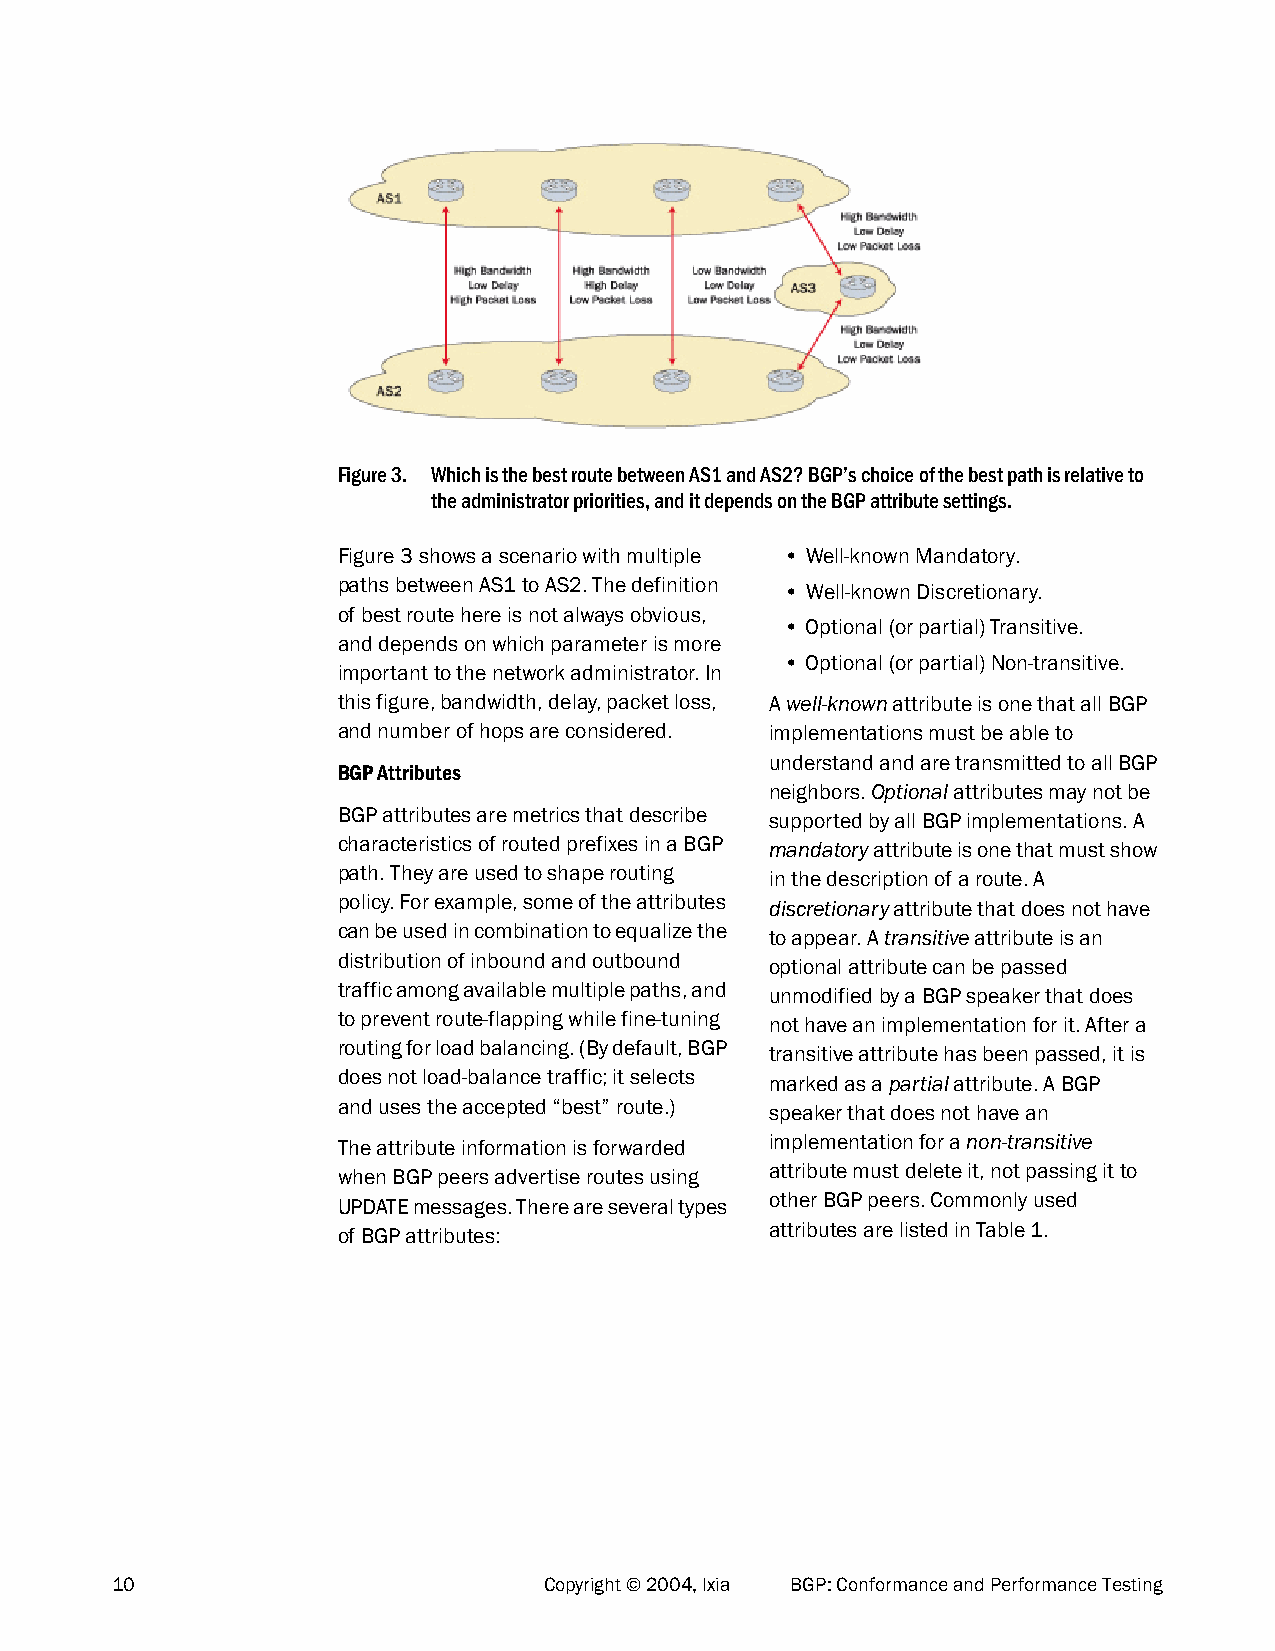
Figure 3. Which is the best route between AS1 and AS2? BGP’s choice of the best path is relative to
 the administrator priorities, and it depends on the BGP attribute settings.
 Figure 3 shows a scenario with multiple • Well-known Mandatory.
 paths between AS1 to AS2. The definition • Well-known Discretionary.
 of best route here is not always obvious,
 • Optional (or partial) Transitive.
 and depends on which parameter is more
 • Optional (or partial) Non-transitive.
 important to the network administrator. In
 this figure, bandwidth, delay, packet loss, A well-known attribute is one that all BGP
 and number of hops are considered. implementations must be able to
 understand and are transmitted to all BGP
 BGP Attributes
 neighbors. Optional attributes may not be
 BGP attributes are metrics that describe supported by all BGP implementations. A
 characteristics of routed prefixes in a BGP mandatory attribute is one that must show
 path. They are used to shape routing in the description of a route. A
 policy. For example, some of the attributes discretionary attribute that does not have
 can be used in combination to equalize the to appear. A transitive attribute is an
 distribution of inbound and outbound optional attribute can be passed
 traffic among available multiple paths, and unmodified by a BGP speaker that does
 to prevent route-flapping while fine-tuning not have an implementation for it. After a
 routing for load balancing. (By default, BGP transitive attribute has been passed, it is
 does not load-balance traffic; it selects marked as a partial attribute. A BGP
 and uses the accepted “best” route.) speaker that does not have an
 implementation for a non-transitive
 The attribute information is forwarded
 attribute must delete it, not passing it to
 when BGP peers advertise routes using
 other BGP peers. Commonly used
 UPDATE messages. There are several types
 attributes are listed in Table 1.
 of BGP attributes:
 10                           Copyright © 2004, Ixia BGP: Conformance and Performance Testing